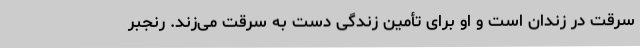
سرقت در زندان است و او برای تأمین زندگی دست به سرقت می‌زند. رنجبر